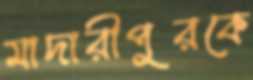
মাদারীপুরকে